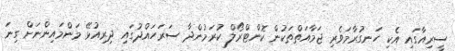
ސީރިއާގައި އެކި ހަނގުރާމަވެރި ޖަމާއަތްތަކުން ކޮންޓްރޯލް ކުރަމުންދާ ސަރަހައްދުގައި ދިރިއުޅޭ މަންމައިންނަށް ގިނަ